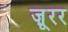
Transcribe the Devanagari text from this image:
ज़ूरर